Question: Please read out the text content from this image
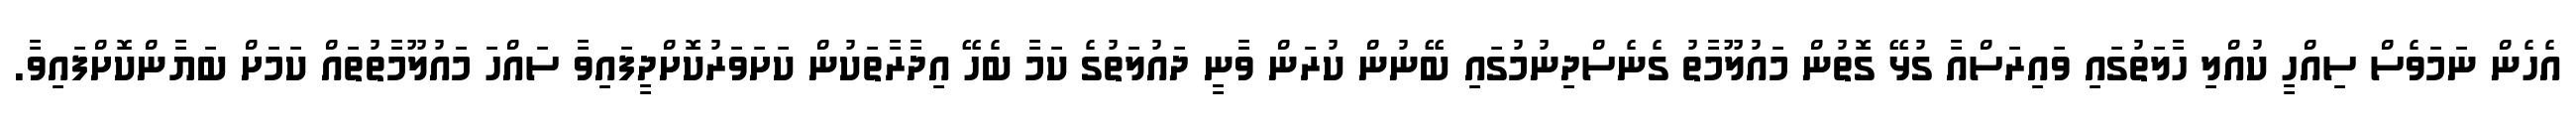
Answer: އެހެން ނަމަވެސް ސިއްހީ ކުއްލި ހާލަތުގައި ވައިރަސްއާ ގުޅޭ ގޮތުން މައުލޫމާތު ގެނެސްދިނުމުގައި ބޭނުން ކުރަން ވާނީ ދައުލަތުގެ ކަމާ ބެހޭ އިދާރާތަކުން ކަށަވަރުކޮށްދީފައިވާ ސައްހަ މައުލޫމާތުތައް ކަމަށް ބަޔާންކޮށްފައިވާ.